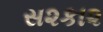
સ૨કા૨